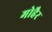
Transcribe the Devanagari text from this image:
मोहैर